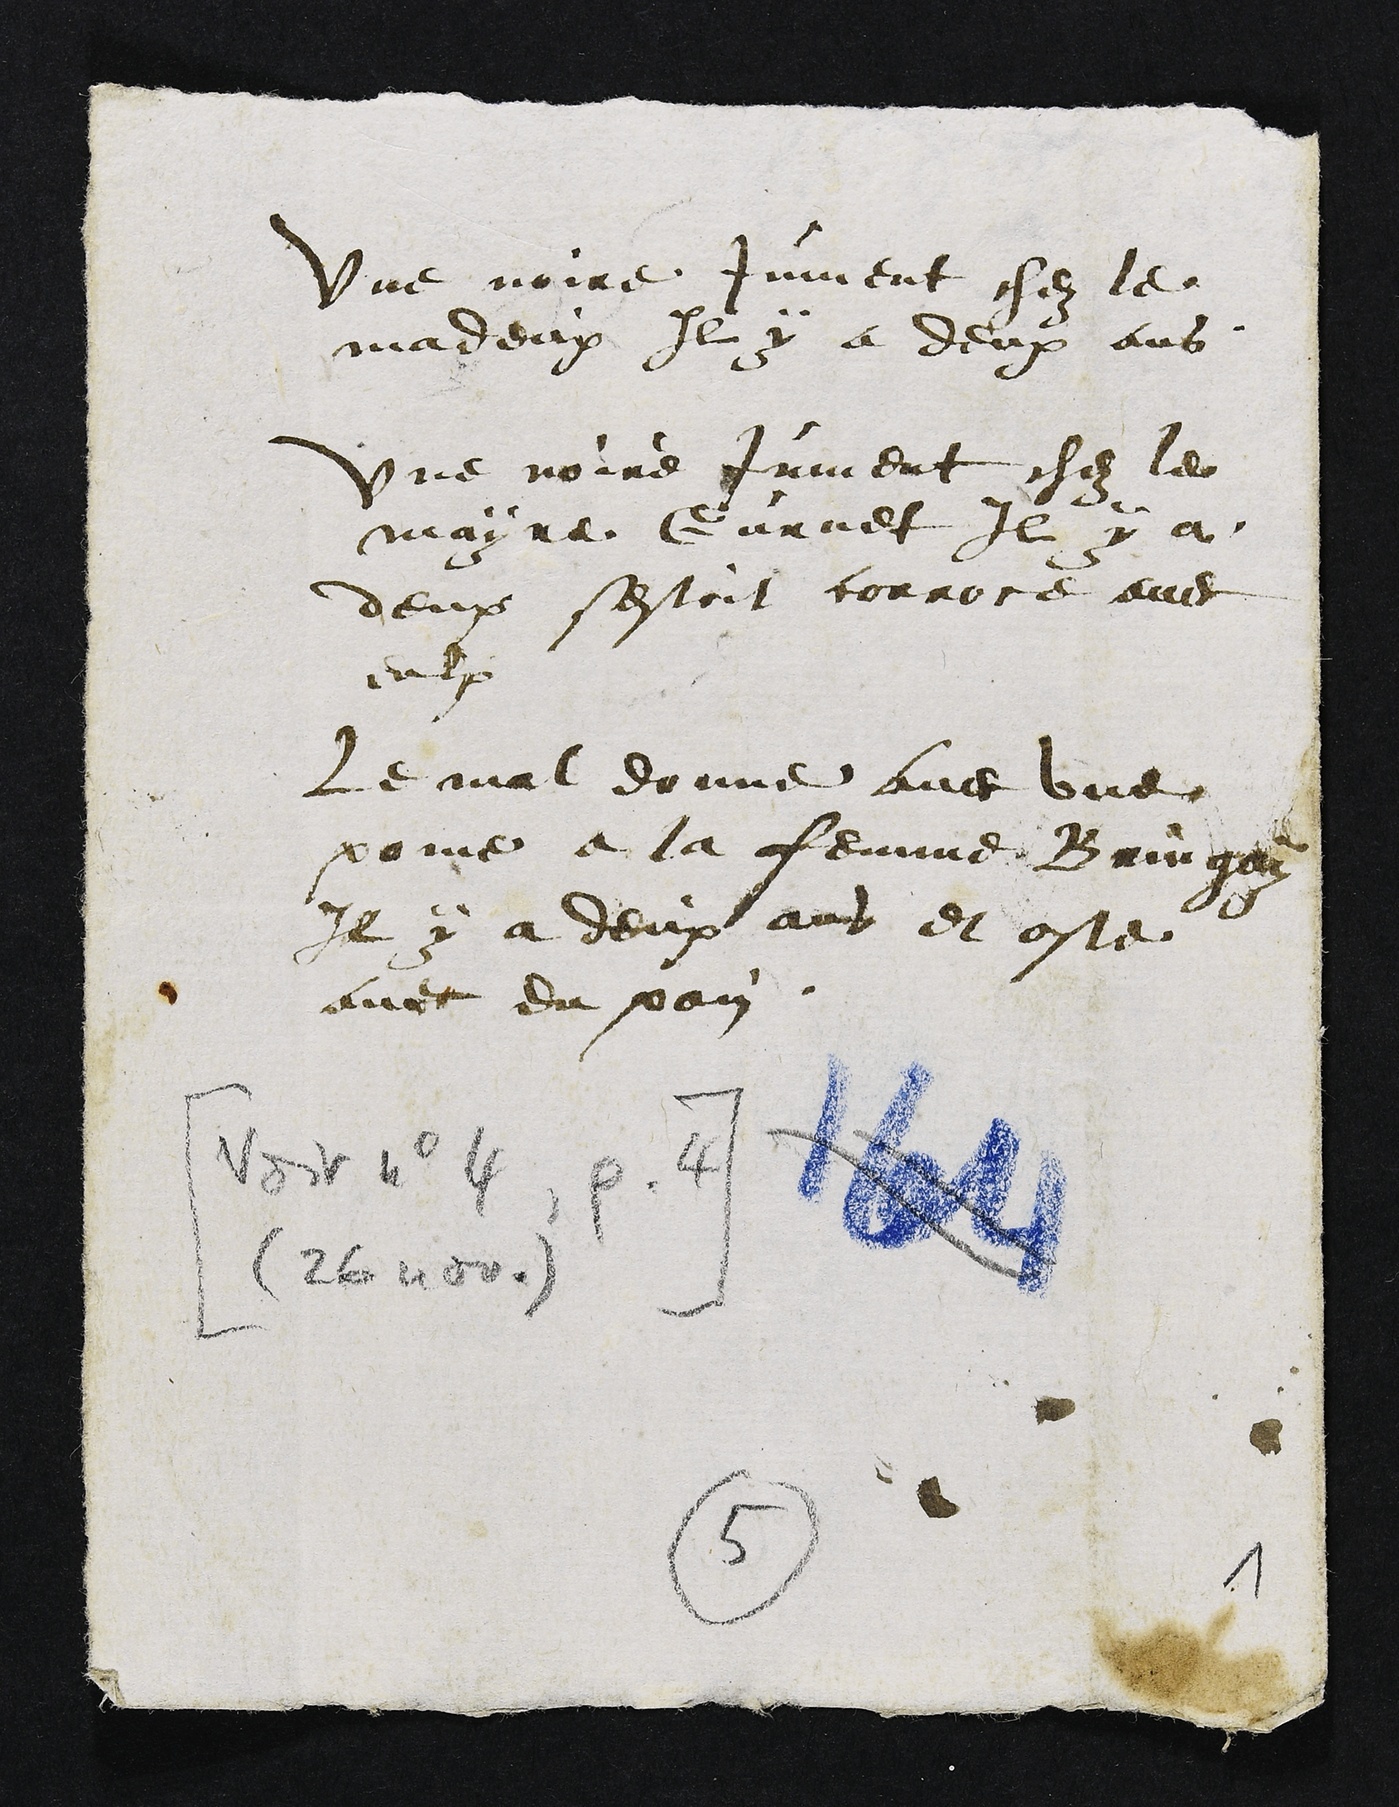
une noire jument chez le
madeux Il y a deux ans
une noire jument chez le
mayre Gurnet Il y a
deux sestoit corroce avec
eulx
Le mal donne avec une
pome a la femme Bringoy
Il y a deux ans et oste
avec du pain